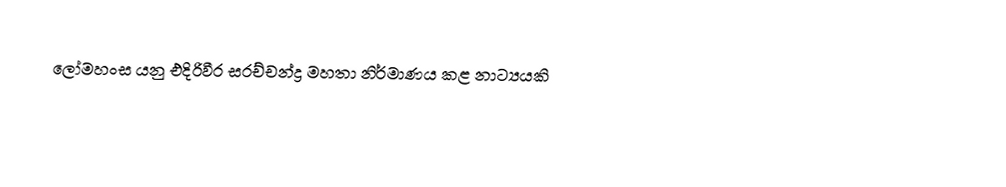
ලෝමහංස යනු එදිරිවීර සරච්චන්ද්‍ර මහතා නිර්මාණය කළ නාට්‍යයකි